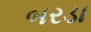
બરડા